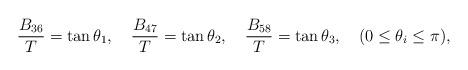
LaTeX: \begin{align*}\frac{B_{36}}{T}=\tan\theta_1,\quad\frac{B_{47}}{T}=\tan\theta_2,\quad\frac{B_{58}}{T}=\tan\theta_3,\quad(0\leq\theta_i\leq\pi),\end{align*}